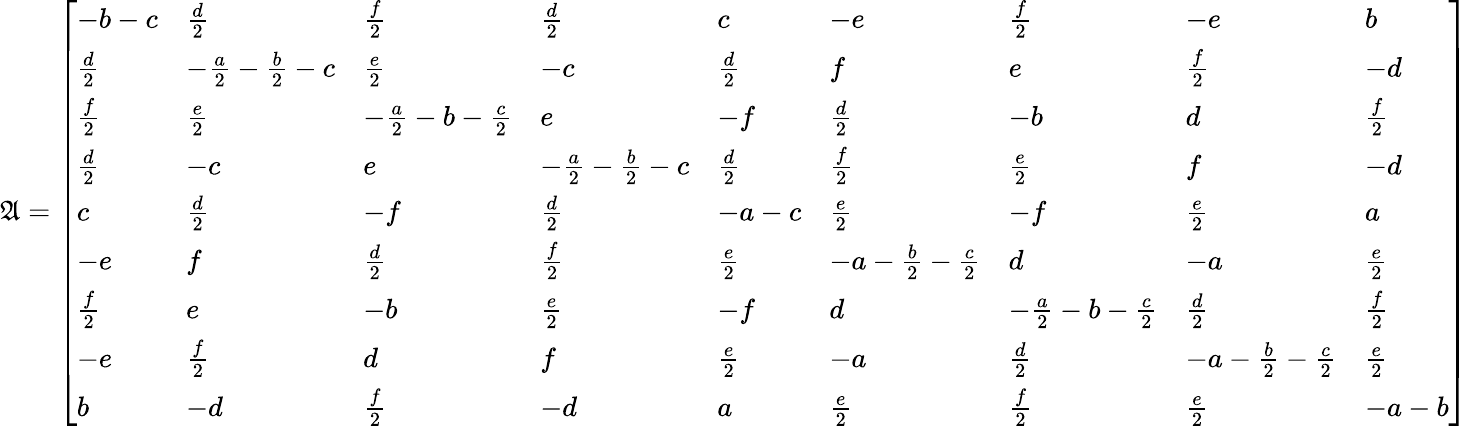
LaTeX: \mathfrak{A}=\left[\begin{array}{lllllllll}{-b-c}&{\frac{d}{2}}&{\frac{f}{2}}&{\frac{d}{2}}&{c}&{-e}&{\frac{f}{2}}&{-e}&{b}\\ {\frac{d}{2}}&{-\frac{a}{2}-\frac{b}{2}-c}&{\frac{e}{2}}&{-c}&{\frac{d}{2}}&{f}&{e}&{\frac{f}{2}}&{-d}\\ {\frac{f}{2}}&{\frac{e}{2}}&{-\frac{a}{2}-b-\frac{c}{2}}&{e}&{-f}&{\frac{d}{2}}&{-b}&{d}&{\frac{f}{2}}\\ {\frac{d}{2}}&{-c}&{e}&{-\frac{a}{2}-\frac{b}{2}-c}&{\frac{d}{2}}&{\frac{f}{2}}&{\frac{e}{2}}&{f}&{-d}\\ {c}&{\frac{d}{2}}&{-f}&{\frac{d}{2}}&{-a-c}&{\frac{e}{2}}&{-f}&{\frac{e}{2}}&{a}\\ {-e}&{f}&{\frac{d}{2}}&{\frac{f}{2}}&{\frac{e}{2}}&{-a-\frac{b}{2}-\frac{c}{2}}&{d}&{-a}&{\frac{e}{2}}\\ {\frac{f}{2}}&{e}&{-b}&{\frac{e}{2}}&{-f}&{d}&{-\frac{a}{2}-b-\frac{c}{2}}&{\frac{d}{2}}&{\frac{f}{2}}\\ {-e}&{\frac{f}{2}}&{d}&{f}&{\frac{e}{2}}&{-a}&{\frac{d}{2}}&{-a-\frac{b}{2}-\frac{c}{2}}&{\frac{e}{2}}\\ {b}&{-d}&{\frac{f}{2}}&{-d}&{a}&{\frac{e}{2}}&{\frac{f}{2}}&{\frac{e}{2}}&{-a-b}\end{array}\right]